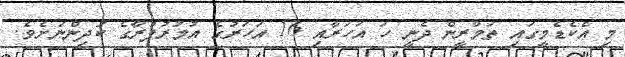
މި އެކެޑެމީގައި ތަމްރީން ދެނީ ހަ އަހަރާއި 16 އަހަރުގެ އުމުރުފުރާގެ ކުދިންނަށެވެ.